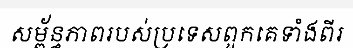
សម្ព័ន្ធភាពរបស់ប្រទេសពួកគេទាំងពីរ